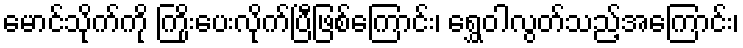
မောင်သိုက်ကို ကြိုးပေးလိုက်ပြီဖြစ်ကြောင်း၊ ရွှေဝါလွတ်သည့်အကြောင်း၊